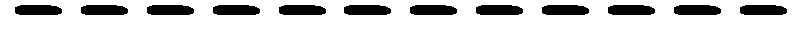
------------